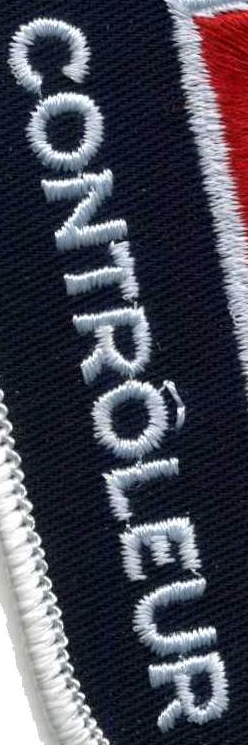
CONTROLEUR